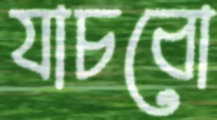
যাচবো